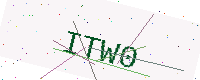
Text: ITW0